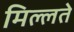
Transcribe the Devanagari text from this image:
मिल्लते